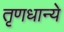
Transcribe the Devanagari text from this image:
तृणधान्ये